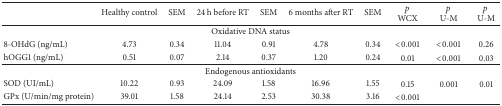
<table><thead><tr><td><b> </b></td><td><b>Healthy control</b></td><td><b>SEM</b></td><td><b>24 h before RT</b></td><td><b>SEM</b></td><td><b>6 months after RT</b></td><td><b>SEM</b></td><td><b><i>p</i> WCX</b></td><td><b><i>p</i> U-M</b></td><td><b><i>p</i> U-M</b></td></tr></thead><tbody><tr><td colspan="10">Oxidative DNA status</td></tr><tr><td>8-OHdG (ng/mL)</td><td>4.73</td><td>0.34</td><td>11.04</td><td>0.91</td><td>4.78</td><td>0.34</td><td>&lt;0.001</td><td>&lt;0.001</td><td>0.26</td></tr><tr><td>hOGG1 (ng/mL)</td><td>0.51</td><td>0.07</td><td>2.14</td><td>0.37</td><td>1.20</td><td>0.24</td><td>0.01</td><td>&lt;0.001</td><td>0.03</td></tr><tr><td colspan="10">Endogenous antioxidants</td></tr><tr><td>SOD (UI/mL)</td><td>10.22</td><td>0.93</td><td>24.09</td><td>1.58</td><td>16.96</td><td>1.55</td><td>0.15</td><td>0.001</td><td>0.01</td></tr><tr><td>GPx (U/min/mg protein)</td><td>39.01</td><td>1.58</td><td>24.14</td><td>2.53</td><td>30.38</td><td>3.16</td><td>&lt;0.001</td><td> </td><td> </td></tr></tbody></table>